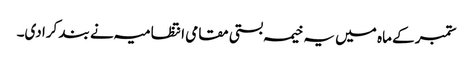
ستمبر کے ماہ میں یہ خیمہ بستی مقامی انتظامیہ نے بند کرا دی۔